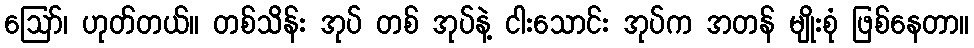
ဪ၊ ဟုတ်တယ်။ တစ်သိန်း အုပ် တစ် အုပ်နဲ့ ငါးသောင်း အုပ်က အတန် မျိုးစုံ ဖြစ်နေတာ။